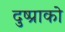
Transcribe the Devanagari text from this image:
दुष्प्राको